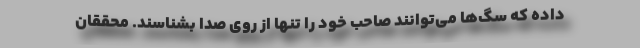
داده که سگ‌ها می‌توانند صاحب خود را تنها از روی صدا بشناسند. محققان